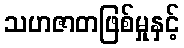
သဟဇာတဖြစ်မှုနှင့်